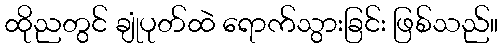
ထိုညတွင် ချုံပုတ်ထဲ ရောက်သွားခြင်း ဖြစ်သည်။